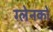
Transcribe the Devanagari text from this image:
ग्लेनको